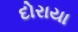
દોરાયા